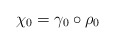
\begin{align*}\chi_0=\gamma_0 \circ \rho_0\end{align*}